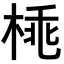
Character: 𣓽